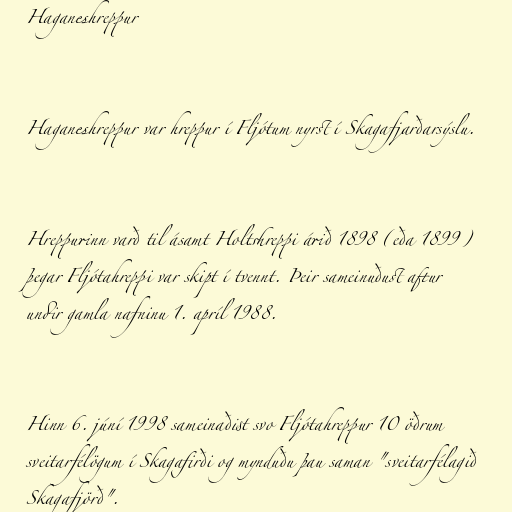
Haganeshreppur

Haganeshreppur var hreppur í Fljótum nyrst í Skagafjarðarsýslu.

Hreppurinn varð til ásamt Holtshreppi árið 1898 (eða 1899)
þegar Fljótahreppi var skipt í tvennt. Þeir sameinuðust aftur
undir gamla nafninu 1. apríl 1988.

Hinn 6. júní 1998 sameinaðist svo Fljótahreppur 10 öðrum
sveitarfélögum í Skagafirði og mynduðu þau saman "sveitarfélagið
Skagafjörð".